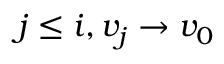
j \leq i , v _ { j } \rightarrow v _ { 0 }